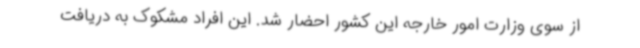
از سوی وزارت امور خارجه این کشور احضار شد. این افراد مشکوک به دریافت